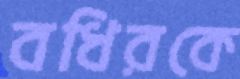
বধিরকে